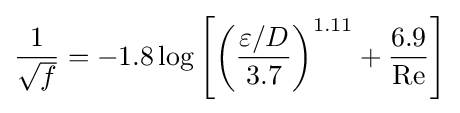
{\frac {1}{\sqrt {f}}}=-1.8\log \left[\left({\frac {\varepsilon /D}{3.7}}\right)^{1.11}+{\frac {6.9}{\mathrm {Re} }}\right]